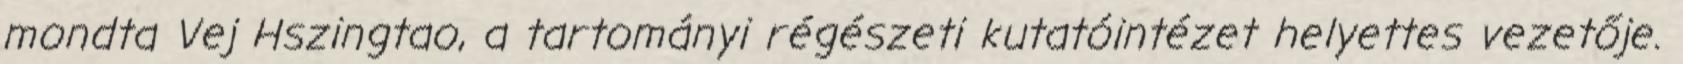
mondta Vej Hszingtao, a tartományi régészeti kutatóintézet helyettes vezetője.